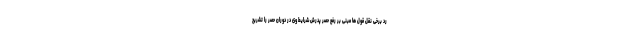
رد برخی نقل قول ها مبنی بر رفع حصر پدرش شرایط وی در دوران حصر را تشریح